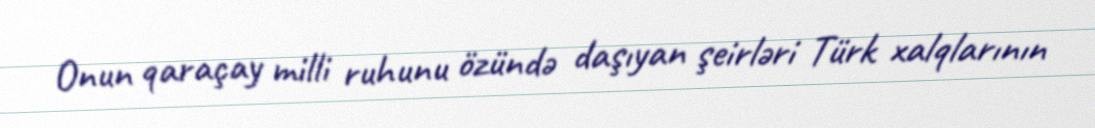
Onun qaraçay milli ruhunu özündə daşıyan şeirləri Türk xalqlarının